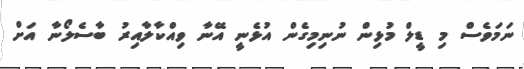
ނަމަވެސް މި ޑީލް މުޅިން ނުނިމިގެން އުޅެނީ އޭނާ ވިއްކާލާއިރު ބާސެލޯނާ އަށް